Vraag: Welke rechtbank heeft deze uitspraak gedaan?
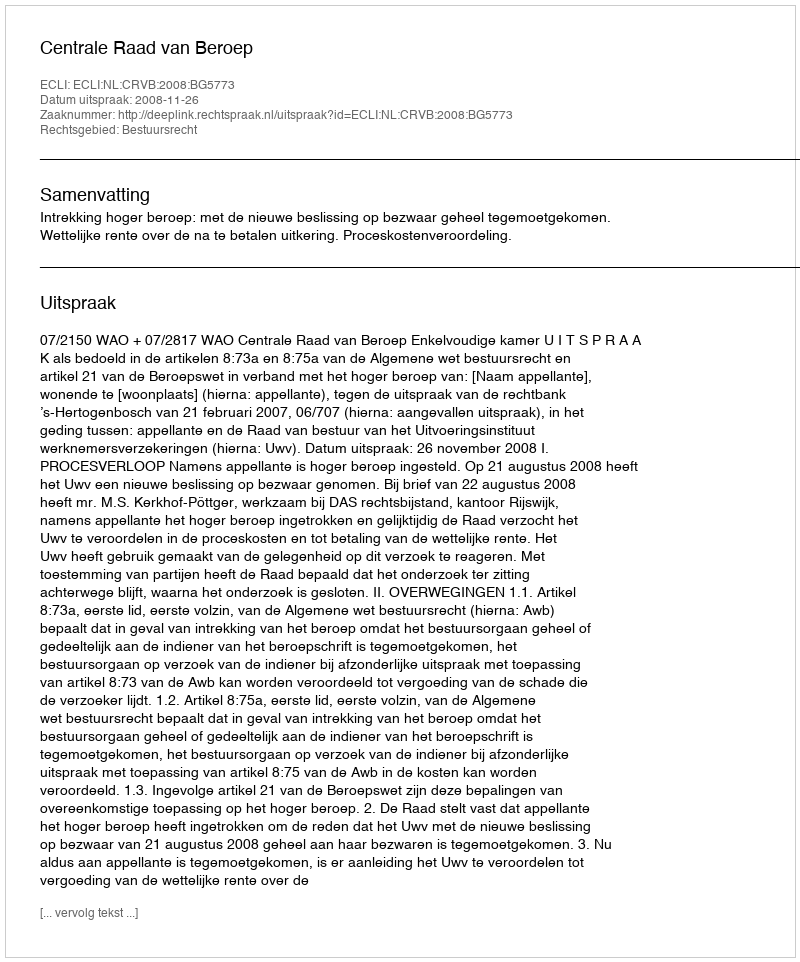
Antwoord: Centrale Raad van Beroep